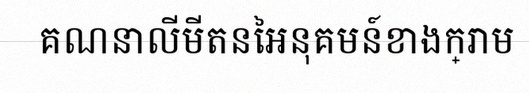
គណនាលីមីតនៃអនុគមន៍ខាងក្រោម